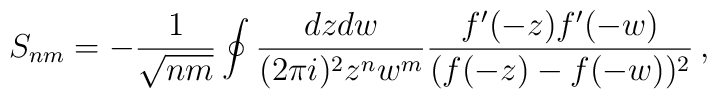
S_{nm}=-\frac{1}{\sqrt{nm}}  \oint\frac{dzdw}{(2\pi i)^2 z^{n}w^{m}}\frac{f'(-z)f'(-w)}{(f(-z)-f(-w))^2}\,,